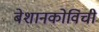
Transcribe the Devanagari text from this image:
बेशानकोविची